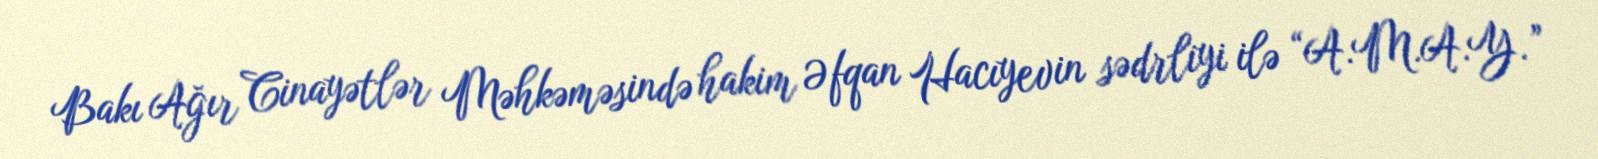
Bakı Ağır Cinayətlər Məhkəməsində hakim Əfqan Hacıyevin sədrliyi ilə “A.M.A.Y.”